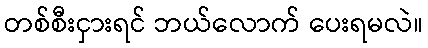
တစ်စီးငှားရင် ဘယ်လောက် ပေးရမလဲ။